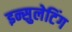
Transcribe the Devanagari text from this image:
इन्सुलेटिंग